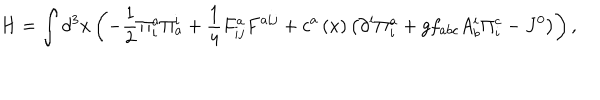
H = \int { d ^ { 3 } } x \left( { - \frac { 1 } { 2 } \Pi _ { i } ^ { a } \Pi _ { a } ^ { i } + \frac { 1 } { 4 } F _ { i j } ^ { a } F ^ { a i j } + c ^ { a } \left( x \right) \left( { \partial ^ { i } \Pi _ { i } ^ { a } + g f _ { a b c } A _ { b } ^ { i } \Pi _ { i } ^ { c } - J ^ { 0 } } \right) } \right) ,